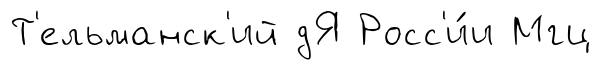
Т'ельманск'ий дЯ Росс'и́и Мгц